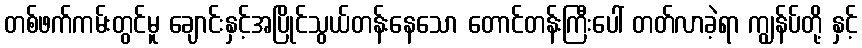
တစ်ဖက်ကမ်းတွင်မူ ချောင်းနှင့်အပြိုင်သွယ်တန်းနေသော တောင်တန်းကြီးပေါ် တတ်လာခဲ့ရာ ကျွန်ပ်တို့ နှင့်